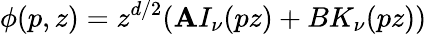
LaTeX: \phi(p,z)=z^{d/2}(\mathbf{A}I_{\nu}(pz)+BK_{\nu}(pz))